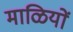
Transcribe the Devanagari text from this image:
माळियों